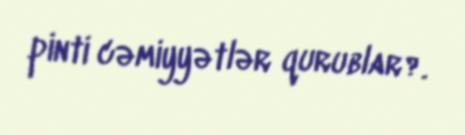
pinti cəmiyyətlər qurublar?.